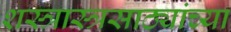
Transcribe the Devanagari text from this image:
शस्त्रास्त्रसाठ्यांच्या